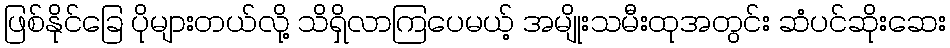
ဖြစ်နိုင်ခြေ ပိုများတယ်လို့ သိရှိလာကြပေမယ့် အမျိုးသမီးထုအတွင်း ဆံပင်ဆိုးဆေး